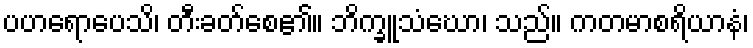
ပဟရောပေသိ၊ တီးခတ်စေ၏။ ဘိက္ခူသံဃော၊ သည်။ ကတမာစရိယာနံ၊